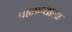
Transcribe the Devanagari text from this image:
पाळण्याला